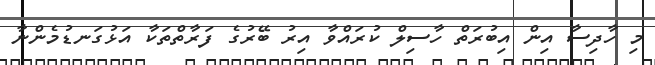
މި ހާދިސާ އިން އިބުރަތް ހާސިލް ކުރައްވާ އިރު ބޭރުގެ ފަރާތްތަކާ އަޅުގަނޑުމެންނާ